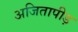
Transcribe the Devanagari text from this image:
अजितापीड़